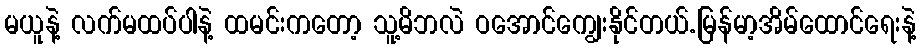
မယူနဲ့ လက်မထပ်ပါနဲ့ ထမင်းကတော့ သူ့မိဘလဲ ဝအောင်ကျွေးနိုင်တယ်.မြန်မာ့အိမ်ထောင်ရေးနဲ့